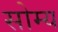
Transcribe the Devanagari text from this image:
सोम्य